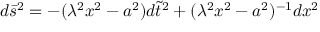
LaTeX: d \bar { s } ^ { 2 } = - ( \lambda ^ { 2 } x ^ { 2 } - a ^ { 2 } ) d \tilde { t } ^ { 2 } + ( \lambda ^ { 2 } x ^ { 2 } - a ^ { 2 } ) ^ { - 1 } d x ^ { 2 }